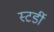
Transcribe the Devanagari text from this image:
स्टर्डी